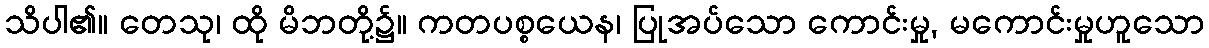
သိပါ၏။ တေသု၊ ထို မိဘတို့၌။ ကတပစ္စယေန၊ ပြုအပ်သော ကောင်းမှု, မကောင်းမှုဟူသော